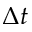
\Delta t